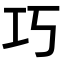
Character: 巧